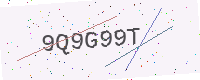
Text: 9Q9G99T